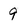
Character: 9